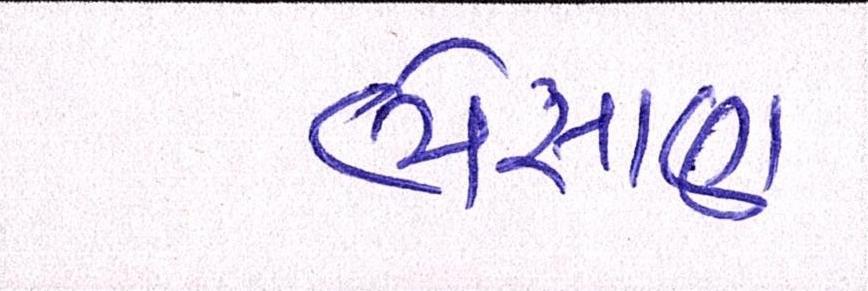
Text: ભેંસાણ